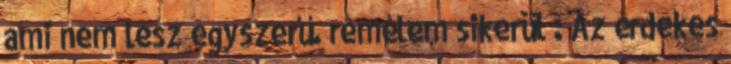
ami nem lesz egyszerű. remélem sikerül : Az érdekes